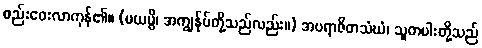
စည်းဝေးလာကုန်၏။ (မယမ္ပိ၊ အကျွန်ုပ်တို့သည်လည်း။) အပရာဇိတသံဃံ၊ သူတပါးတို့သည်